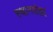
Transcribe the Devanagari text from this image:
स्थानसंज्ञा